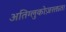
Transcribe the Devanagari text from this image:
अतिग्लुकोज़रक्तता